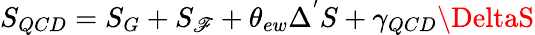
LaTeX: S_{QCD}=S_{G}+S_{\mathscr{F}}+\theta_{ew}\Delta^{'}S+\gamma_{QCD}\DeltaS